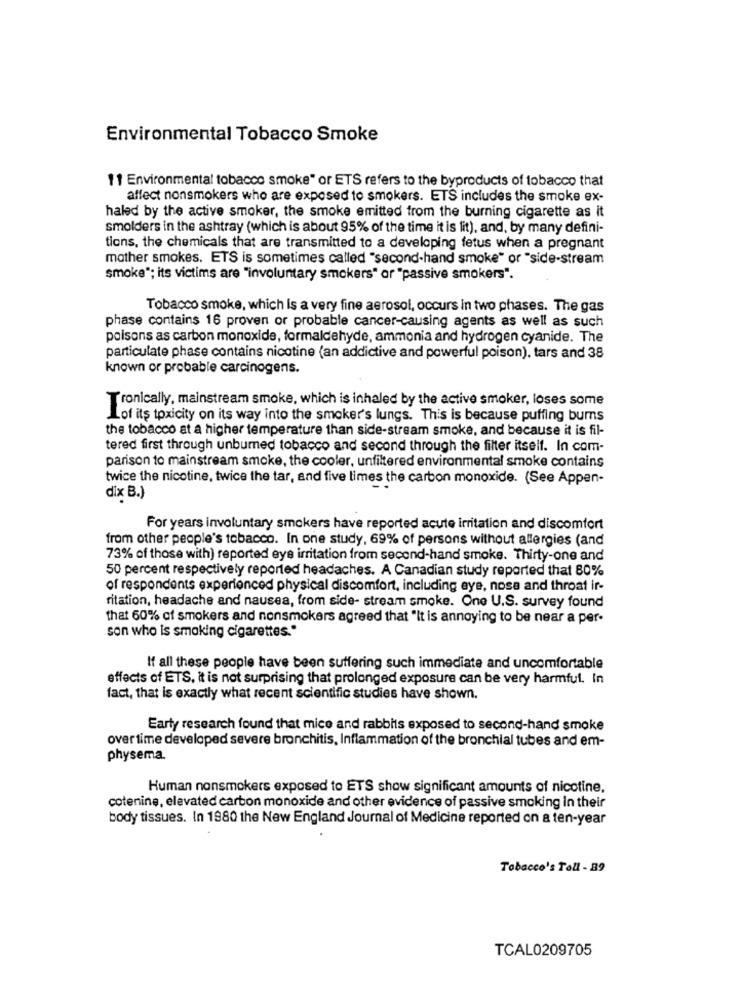
Environmental Tobacco Smoke
11 Environmental tobacco smoke" or ETS refers to the byproducts of tobacco that
affect nonsmokers who are exposed to smokers. ETS includes the smoke ex-
haled by the active smoker, the smoke emitted from the burning cigarette as it
smolders in the ashtray (which is about 95% of the time it is lit), and, by many defini-
tions, the chemicals that are transmitted to a developing fetus when a pregnant
mother smokes. ETS is sometimes called "second-hand smoke" or "side-stream
smoke"; its victims are "involuntary smokers" or "passive smokers".
Tobacco smoke, which is a very fine aerosol, occurs in two phases. The gas
phase contains 16 proven or probable cancer-causing agents as well as such
poisons as carbon monoxide, formaldehyde, ammonia and hydrogen cyanide. The
particulate phase contains nicotine (an addictive and powerful poison), tars and 38
known or probable carcinogens.
ironically, mainstream smoke, which is inhaled by the active smoker, loses some
Lof its toxicity on its way into the smoker's lungs. This is because puffing bums
the tobacco at a higher temperature than side-stream smoke, and because it is fil-
tered first through unburned tobacco and second through the filter itself. In com-
parison to mainstream smoke, the cooler, unfiltered environmental smoke contains
twice the nicotine, twice the tar, and five times the carbon monoxide. (See Appen-
dix B.)
For years involuntary smokers have reported acute irritation and discomfort
from other people's tobacco. In one study, 69% of persons without allergies (and
73% of those with) reported eye irritation from second-hand smoke. Thirty-one and
50 percent respectively reported headaches. A Canadian study reported that 80%
of respondents experienced physical discomfort, including eye, nose and throat ir-
ritation, headache and nausea, from side- stream smoke. One U.S. survey found
that 60% of smokers and nonsmokers agreed that "It is annoying to be near a per-
son who is smoking cigarettes."
If all these people have been suffering such immediate and uncomfortable
effects of ETS, it is not surprising that prolonged exposure can be very harmful. In
fact, that is exactly what recent scientific studies have shown.
Early research found that mice and rabbits exposed to second-hand smoke
over time developed severe bronchitis, Inflammation of the bronchial tubes and em-
physema.
Human nonsmokers exposed to ETS show significant amounts of nicotine.
cotenine, elevated carbon monoxide and other evidence of passive smoking In their
body tissues. In 1980 the New England Journal of Medicine reported on a ten-year
Tobacco's Toll - 89
TCAL0209705